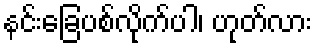
နင်းခြေပစ်လိုက်ပါ၊ ဟုတ်လား